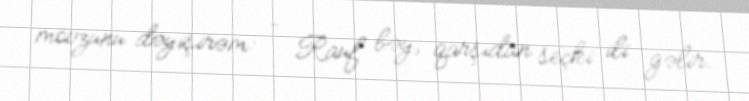
mövzunu dəyişirəm: - Rauf bəy, qarşıdan seçki ili gəlir.